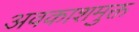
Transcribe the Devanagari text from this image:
अवकाशमुक्त